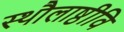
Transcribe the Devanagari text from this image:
स्थौलाष्ठीवि